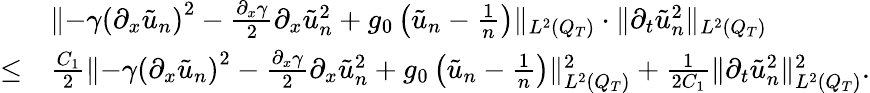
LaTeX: \begin{array}{rl}&{\lVert-\gamma\left(\partial_{x}\tilde{u}_{n}\right)^{2}-\frac{\partial_{x}\gamma}{2}\partial_{x}\tilde{u}_{n}^{2}+g_{0}\left(\tilde{u}_{n}-\frac{1}{n}\right)\rVert_{L^{2}(Q_{T})}\cdot\lVert\partial_{t}\tilde{u}_{n}^{2}\rVert_{L^{2}(Q_{T})}}\\ {\leq}&{\frac{C_{1}}{2}\lVert-\gamma\left(\partial_{x}\tilde{u}_{n}\right)^{2}-\frac{\partial_{x}\gamma}{2}\partial_{x}\tilde{u}_{n}^{2}+g_{0}\left(\tilde{u}_{n}-\frac{1}{n}\right)\rVert_{L^{2}(Q_{T})}^{2}+\frac{1}{2C_{1}}\lVert\partial_{t}\tilde{u}_{n}^{2}\rVert_{L^{2}(Q_{T})}^{2}.}\end{array}